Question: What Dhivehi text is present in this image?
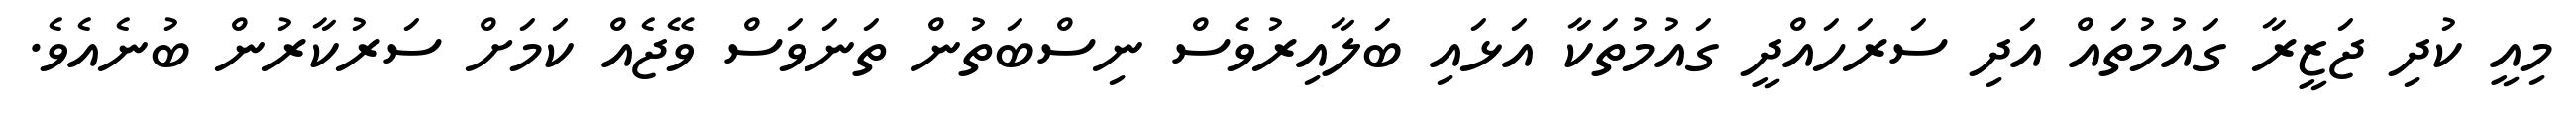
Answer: މިއީ ކުދި ޖަޒީރާ ގައުމުތައް އަދި ސަރަހައްދީ ގައުމުތަކާ އަޅައި ބަލާއިރުވެސް ނިސްބަތުން ތަނަވަސް ވޭޖެއް ކަމަށް ސަރުކާރުން ބުނެއެވެ.